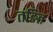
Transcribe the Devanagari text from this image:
तङित